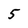
Character: 5